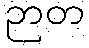
ဉာတ